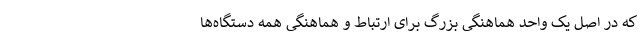
که در اصل یک واحد هماهنگی بزرگ برای ارتباط و هماهنگی همه دستگاه‌ها